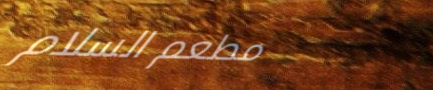
مطعم السلام